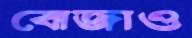
বোজাও